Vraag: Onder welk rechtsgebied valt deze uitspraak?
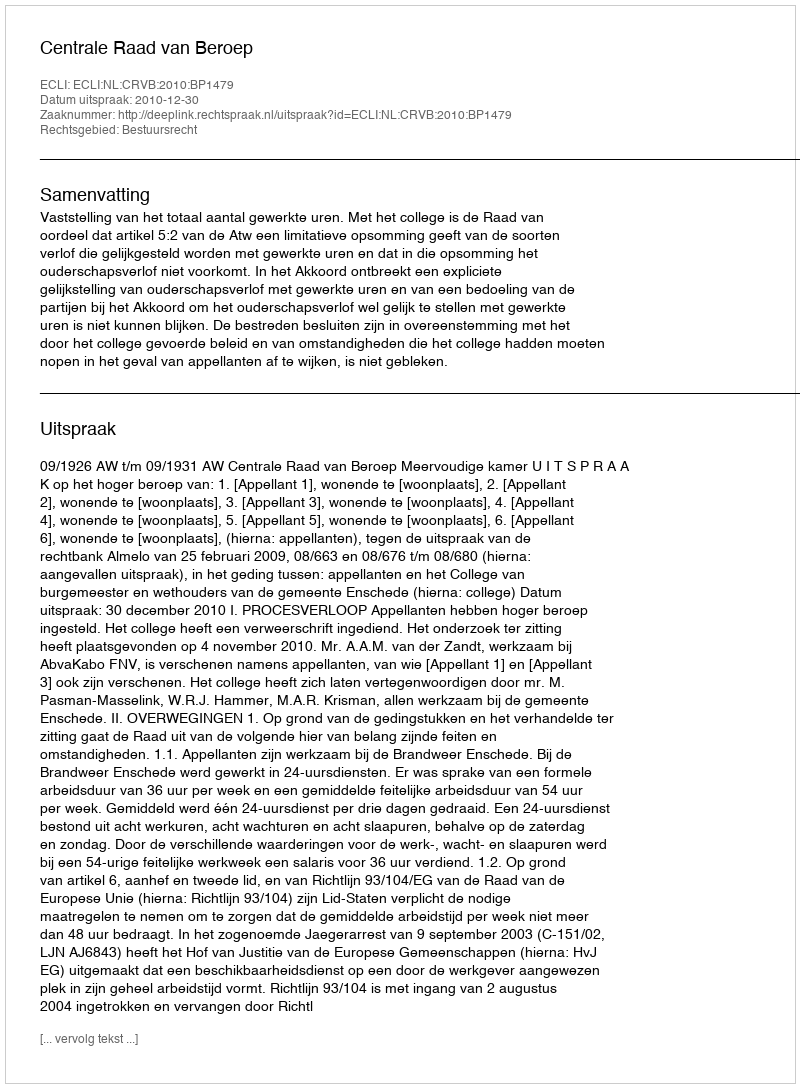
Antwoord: Bestuursrecht